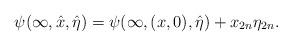
LaTeX: \begin{align*}\psi(\infty,\hat x,\hat\eta)=\psi(\infty,(x,0),\hat\eta)+x_{2n}\eta_{2n}.\end{align*}